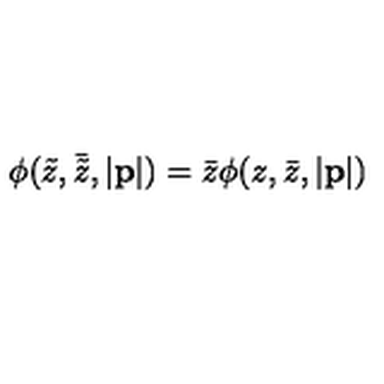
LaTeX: \phi ( \tilde { z } , \bar { \tilde { z } } , | { \bf p } | ) = \bar { z } \phi ( z , \bar { z } , | { \bf p } | )